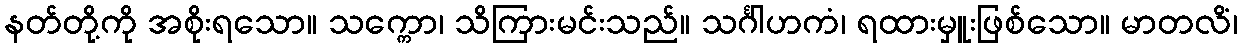
နတ်တို့ကို အစိုးရသော။ သက္ကော၊ သိကြားမင်းသည်။ သင်္ဂါဟကံ၊ ရထားမှူးဖြစ်သော။ မာတလိံ၊